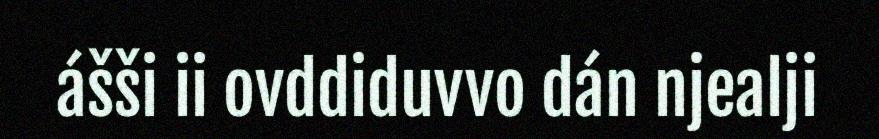
ášši ii ovddiduvvo dán njealji